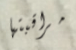
مراقبتها